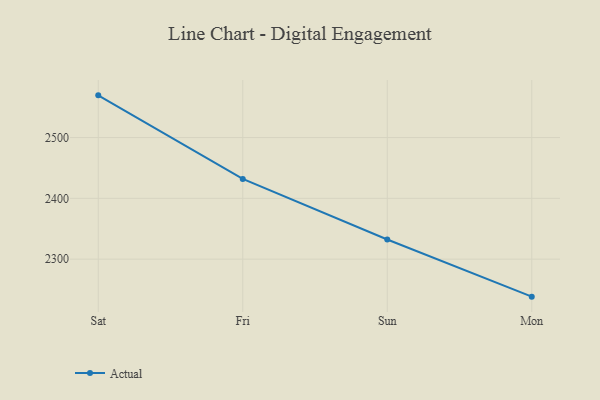
{"axis": {"x": "Day", "y": "Bounce Rate (%)"}, "legend": ["Actual"], "data": [{"x": "Sat", "y": 2569.4, "type": "Actual"}, {"x": "Fri", "y": 2431.9, "type": "Actual"}, {"x": "Sun", "y": 2332.3, "type": "Actual"}, {"x": "Mon", "y": 2238.3, "type": "Actual"}]}